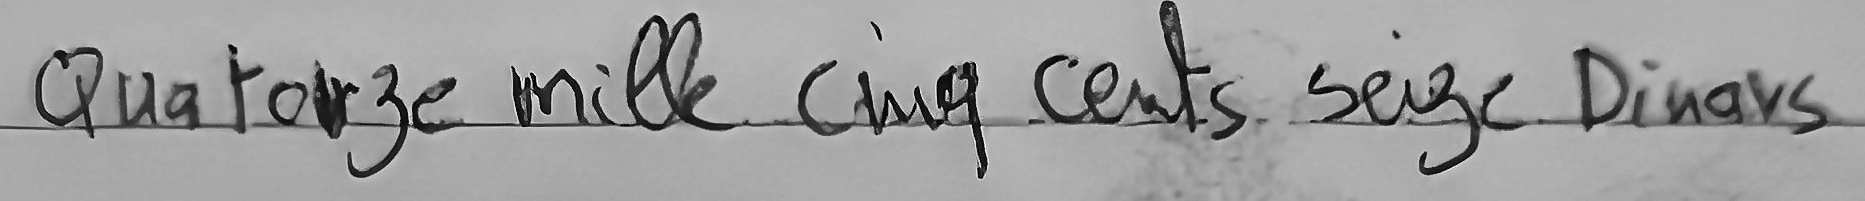
Quatorze mille cinq cents seize Dinars